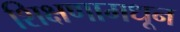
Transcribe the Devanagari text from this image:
शिक्षणामधून